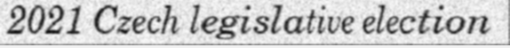
2021 Czech legislative election